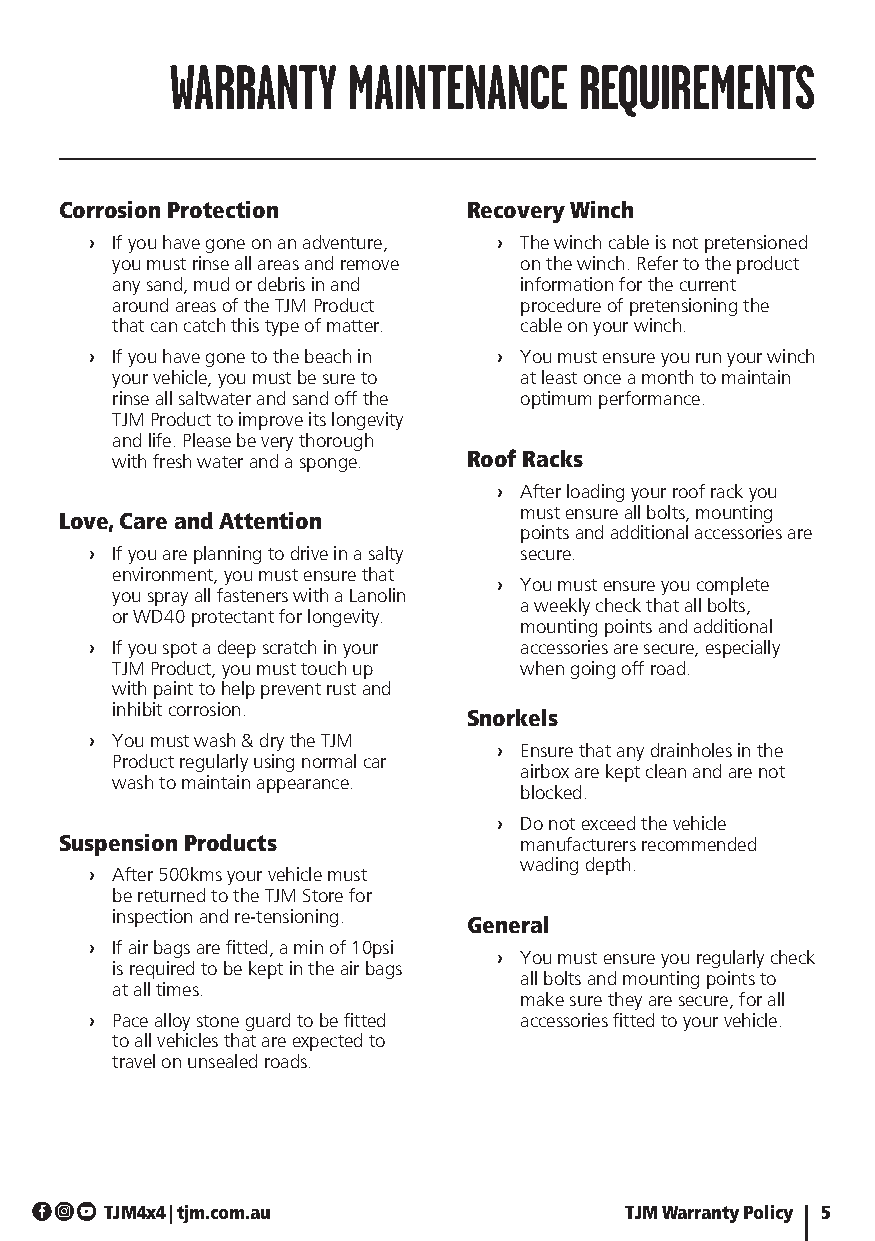
WARRANTY    MAINTENANCE    REQUIREMENTS
 Corrosion Protection       Recovery Winch
 › If you have gone on an adventure, › The winch cable is not pretensioned
 you must rinse all areas and remove on the winch. Refer to the product
 any sand, mud or debris in and information for the current
 around areas of the TJM Product procedure of pretensioning the
 that can catch this type of matter. cable on your winch.
 › If you have gone to the beach in › You must ensure you run your winch
 your vehicle, you must be sure to at least once a month to maintain
 rinse all saltwater and sand off the optimum performance.
 TJM Product to improve its longevity
 and life. Please be very thorough
 with fresh water and a sponge. Roof Racks
 › After loading your roof rack you
 must ensure all bolts, mounting
 Love, Care and Attention
 points and additional accessories are
 › If you are planning to drive in a salty secure.
 environment, you must ensure that
 › You must ensure you complete
 you spray all fasteners with a Lanolin
 a weekly check that all bolts,
 or WD40 protectant for longevity.
 mounting points and additional
 › If you spot a deep scratch in your accessories are secure, especially
 TJM Product, you must touch up when going off road.
 with paint to help prevent rust and
 inhibit corrosion.
 Snorkels
 › You must wash & dry the TJM
 › Ensure that any drainholes in the
 Product regularly using normal car
 airbox are kept clean and are not
 wash to maintain appearance.
 blocked.
 › Do not exceed the vehicle
 Suspension Products           manufacturers recommended
 wading depth.
 › After 500kms your vehicle must
 be returned to the TJM Store for
 inspection and re-tensioning.
 General
 › If air bags are fitted, a min of 10psi
 › You must ensure you regularly check
 is required to be kept in the air bags
 all bolts and mounting points to
 at all times.
 make sure they are secure, for all
 › Pace alloy stone guard to be fitted accessories fitted to your vehicle.
 to all vehicles that are expected to
 travel on unsealed roads.
 TJM4x4 | tjm.com.au               TJM Warranty Policy 5